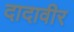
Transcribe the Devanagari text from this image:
दादावीर